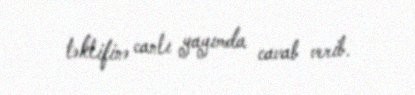
təklifinə canlı yayımda cavab verib.